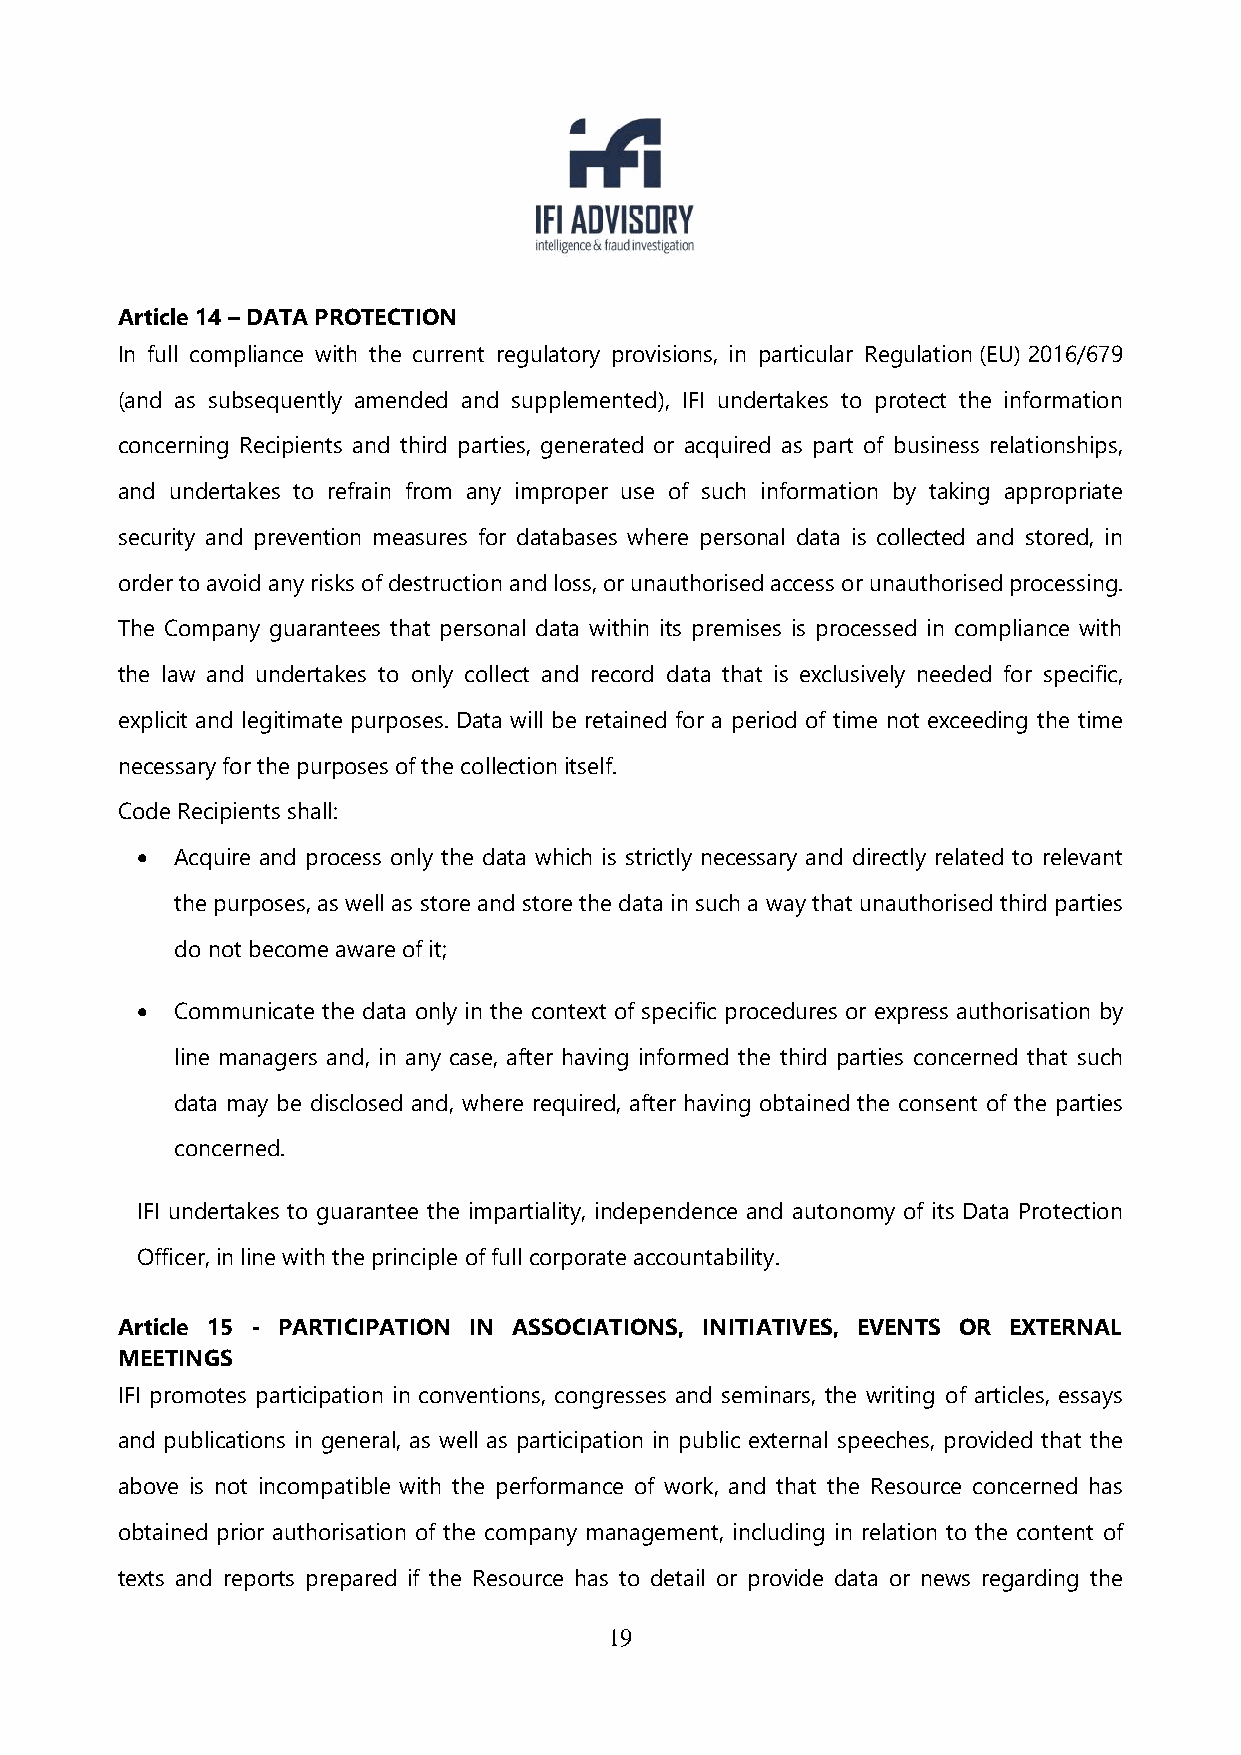
Article 14 – DATA PROTECTION
 In full compliance with the current regulatory provisions, in particular Regulation (EU) 2016/679
 (and as subsequently amended and supplemented), IFI undertakes to protect the information
 concerning Recipients and third parties, generated or acquired as part of business relationships,
 and undertakes to refrain from any improper use of such information by taking appropriate
 security and prevention measures for databases where personal data is collected and stored, in
 order to avoid any risks of destruction and loss, or unauthorised access or unauthorised processing.
 The Company guarantees that personal data within its premises is processed in compliance with
 the law and undertakes to only collect and record data that is exclusively needed for specific,
 explicit and legitimate purposes. Data will be retained for a period of time not exceeding the time
 necessary for the purposes of the collection itself.
 Code Recipients shall:
   Acquire and process only the data which is strictly necessary and directly related to relevant
 the purposes, as well as store and store the data in such a way that unauthorised third parties
 do not become aware of it;
   Communicate the data only in the context of specific procedures or express authorisation by
 line managers and, in any case, after having informed the third parties concerned that such
 data may be disclosed and, where required, after having obtained the consent of the parties
 concerned.
 IFI undertakes to guarantee the impartiality, independence and autonomy of its Data Protection
 Officer, in line with the principle of full corporate accountability.
 Article 15 - PARTICIPATION IN ASSOCIATIONS, INITIATIVES, EVENTS OR EXTERNAL
 MEETINGS
 IFI promotes participation in conventions, congresses and seminars, the writing of articles, essays
 and publications in general, as well as participation in public external speeches, provided that the
 above is not incompatible with the performance of work, and that the Resource concerned has
 obtained prior authorisation of the company management, including in relation to the content of
 texts and reports prepared if the Resource has to detail or provide data or news regarding the
 19